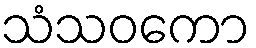
သံသဝကော